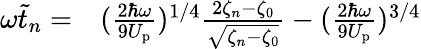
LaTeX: \begin{array}{rl}{\omega\tilde{t}_{n}=}&{{}(\frac{2\hbar\omega}{9U_{\mathrm{p}}})^{1/4}\frac{2\zeta_{n}-\zeta_{0}}{\sqrt{\zeta_{n}-\zeta_{0}}}-(\frac{2\hbar\omega}{9U_{\mathrm{p}}})^{3/4}}\end{array}